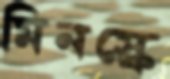
মিনস্কে